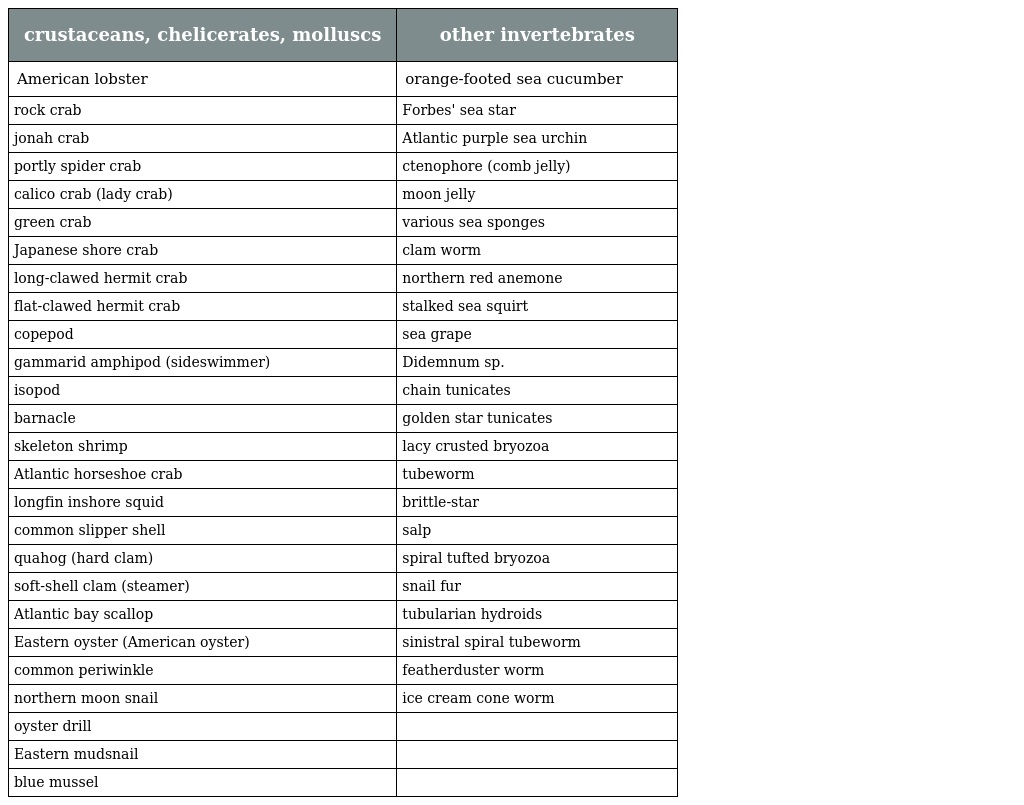
| crustaceans, chelicerates, molluscs | other invertebrates |
 | --- | --- |
 | American lobster | orange-footed sea cucumber |
 | rock crab | Forbes' sea star |
 | jonah crab | Atlantic purple sea urchin |
 | portly spider crab | ctenophore (comb jelly) |
 | calico crab (lady crab) | moon jelly |
 | green crab | various sea sponges |
 | Japanese shore crab | clam worm |
 | long-clawed hermit crab | northern red anemone |
 | flat-clawed hermit crab | stalked sea squirt |
 | copepod | sea grape |
 | gammarid amphipod (sideswimmer) | Didemnum sp. |
 | isopod | chain tunicates |
 | barnacle | golden star tunicates |
 | skeleton shrimp | lacy crusted bryozoa |
 | Atlantic horseshoe crab | tubeworm |
 | longfin inshore squid | brittle-star |
 | common slipper shell | salp |
 | quahog (hard clam) | spiral tufted bryozoa |
 | soft-shell clam (steamer) | snail fur |
 | Atlantic bay scallop | tubularian hydroids |
 | Eastern oyster (American oyster) | sinistral spiral tubeworm |
 | common periwinkle | featherduster worm |
 | northern moon snail | ice cream cone worm |
 | oyster drill |  |
 | Eastern mudsnail |  |
 | blue mussel |  |